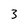
Character: 3